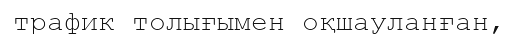
трафик толығымен оқшауланған,